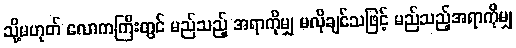
သို့မဟုတ် လောကကြီးတွင် မည်သည့် အရာကိုမျှ မလိုချင်သဖြင့် မည်သည့်အရာကိုမျှ